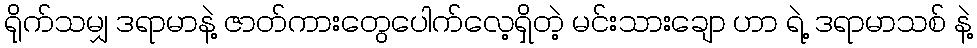
ရိုက်သမျှ ဒရာမာနဲ့ ဇာတ်ကားတွေပေါက်လေ့ရှိတဲ့ မင်းသားချော ဟာ ရဲ့ ဒရာမာသစ် နဲ့